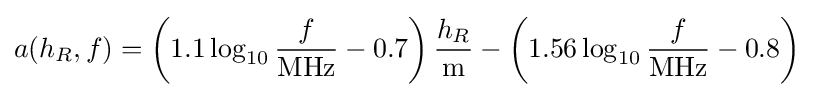
a(h_{R},f)=\left(1.1\log _{10}{\frac {f}{\text{MHz}}}-0.7\right){\frac {h_{R}}{\text{m}}}-\left(1.56\log _{10}{\frac {f}{\text{MHz}}}-0.8\right)